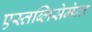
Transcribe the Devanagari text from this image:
एस्तब्लिसेमेन्त